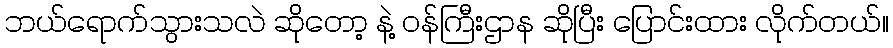
ဘယ်ရောက်သွားသလဲ ဆိုတော့ နဲ့ ဝန်ကြီးဌာန ဆိုပြီး ပြောင်းထား လိုက်တယ်။